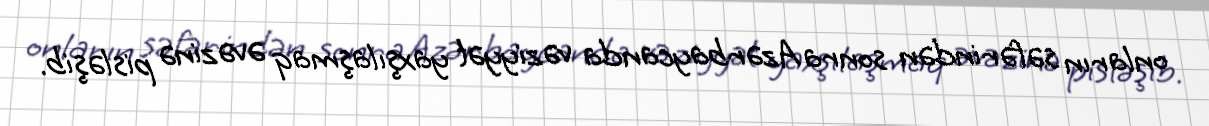
onların səfərindən sonra Azərbaycanda vəziyyət yaxşılaşmaq əvəzinə pisləşib.